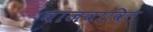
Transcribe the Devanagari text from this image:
वाजवावित